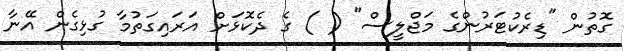
ގޮތުން "ޑިރެކުޓަރުންގެ މަޖްލީސް" ( ) ގެ ދެކޮޅަށް އަރައިގަތުމާ ގުޅިގެން އޭނާ